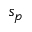
s _ { p }